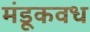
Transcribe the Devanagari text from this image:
मंडूकवध